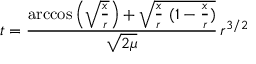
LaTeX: t = { \frac { \operatorname { a r c c o s } { \Big ( } { \sqrt { \frac { x } { r } } } { \Big ) } + { \sqrt { { \frac { x } { r } } \ ( 1 - { \frac { x } { r } } ) } } } { \sqrt { 2 \mu } } } \, r ^ { 3 / 2 }